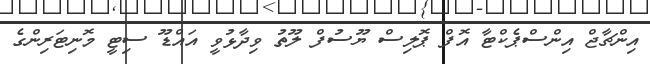
އިންޗާޖް އިންސްޕެކްޓާ އޮފް ޕޮލިސް ޔޫސުފް ލޫތު ވިދާޅުވީ އައްޑޫ ސިޓީ މޮނިޓަރިންގެ